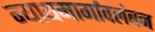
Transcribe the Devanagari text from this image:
न्यायमार्गावलंबन